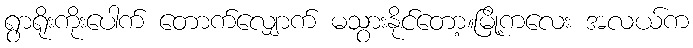
ရွာရိုးကိုးပေါက် တောက်လျှောက် မသွားနိုင်တော့။မြို့ကလေး အလယ်က